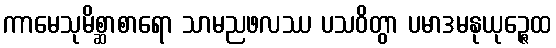
ကာမေသုမိစ္ဆာစာရော သာမညဖလဿ ပသဝိတွာ ပမာဒမနုယုဉ္ဇေထ